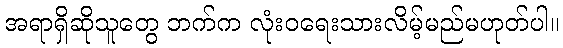
အရာရှိဆိုသူတွေ ဘက်က လုံးဝရေးသားလိမ့်မည်မဟုတ်ပါ။